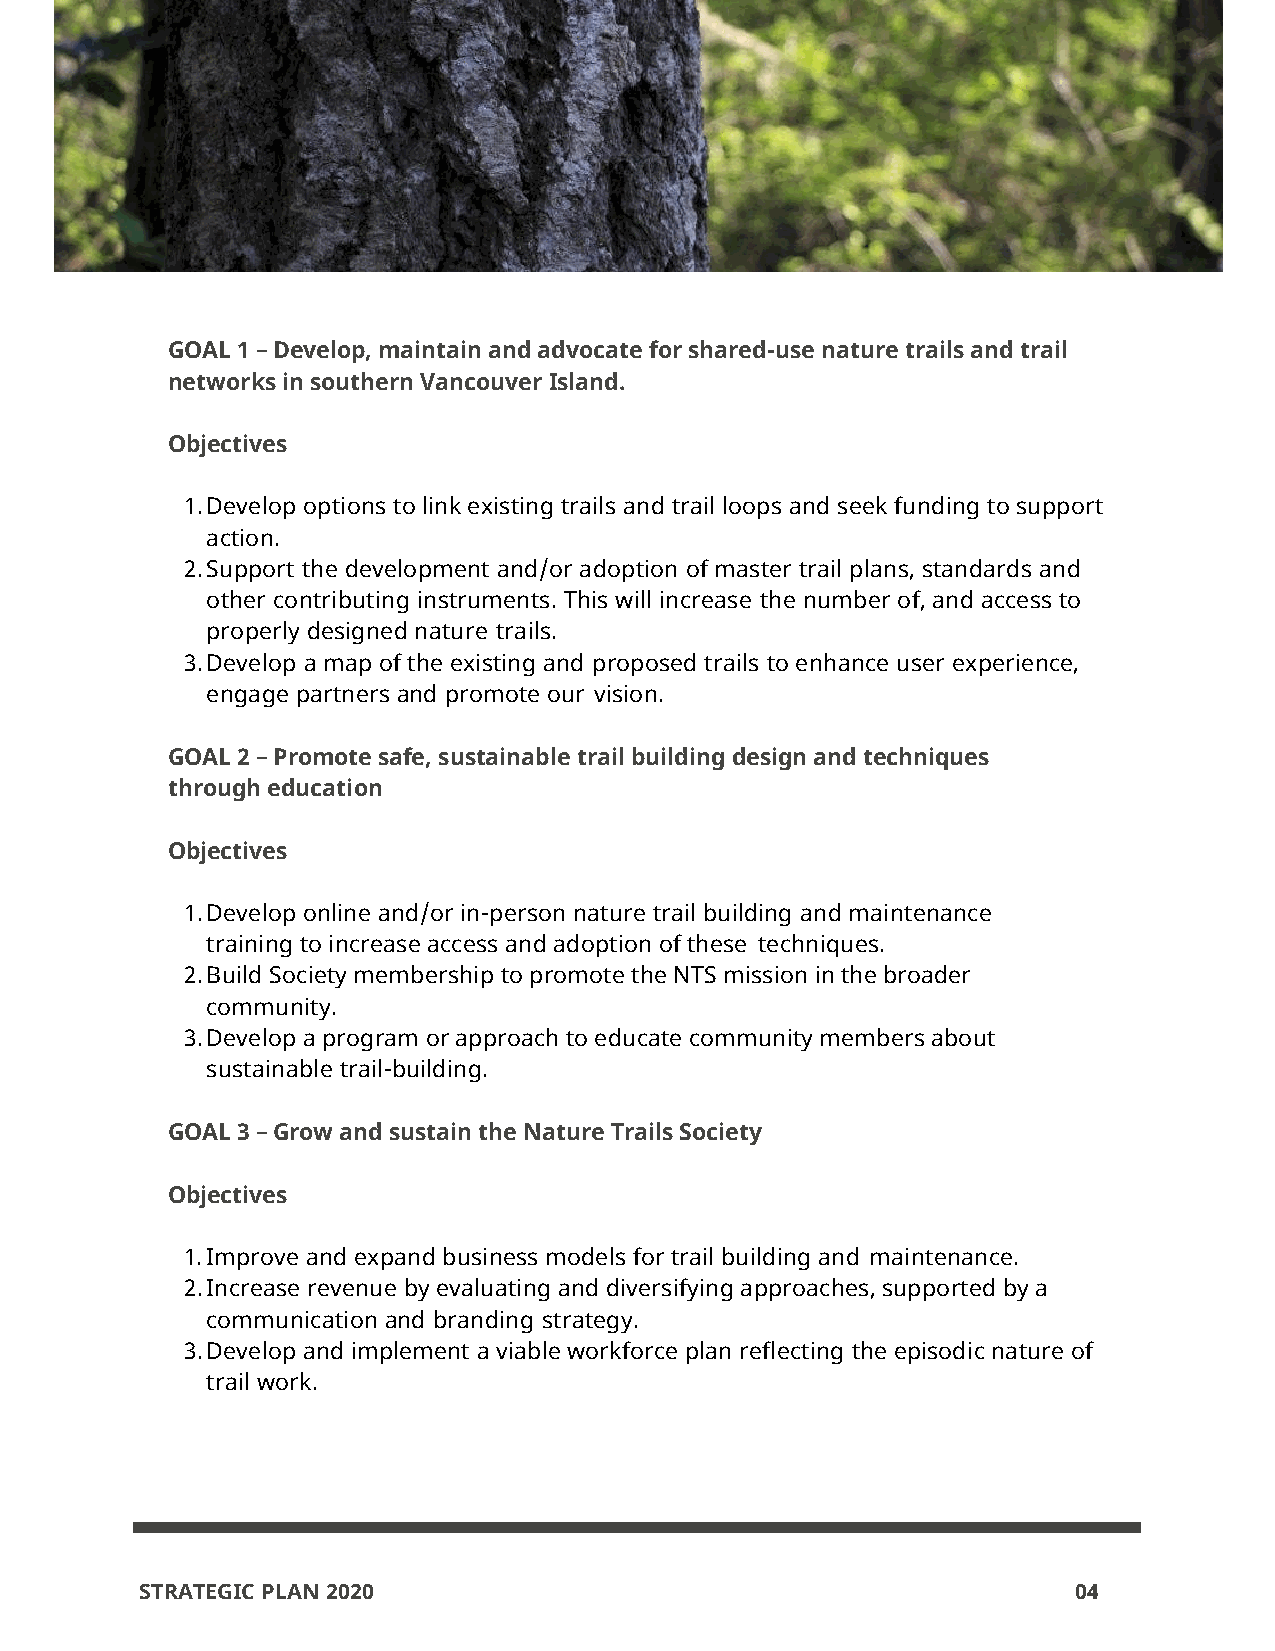
GOAL 1 – Develop, maintain and advocate for shared-use nature trails and trail
 networks in southern Vancouver Island.
 Objectives
 1. Develop options to link existing trails and trail loops and seek funding to support
 action.
 2. Support the development and/or adoption of master trail plans, standards and
 other contributing instruments. This will increase the number of, and access to
 properly designed nature trails.
 3. Develop a map of the existing and proposed trails to enhance user experience,
 engage partners and promote our vision.
 GOAL 2 – Promote safe, sustainable trail building design and techniques
 through education
 Objectives
 1. Develop online and/or in-person nature trail building and maintenance
 training to increase access and adoption of these techniques.
 2. Build Society membership to promote the NTS mission in the broader
 community.
 3. Develop a program or approach to educate community members about
 sustainable trail-building.
 GOAL 3 – Grow and sustain the Nature Trails Society
 Objectives
 1. Improve and expand business models for trail building and maintenance.
 2. Increase revenue by evaluating and diversifying approaches, supported by a
 communication and branding strategy.
 3. Develop and implement a viable workforce plan reflecting the episodic nature of
 trail work.
 STRATEGIC PLAN 2020                                           04